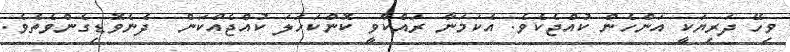
ވިހޭ ދަރިޔަކީ އަންހެން ކުއްޖެކެވެ. އެކަމަނާ ރައްކާވީ ކޮންކަހަލަ ކުއްޖެއްކަން  ދެނެވޮޑިގެންވެތެވެ.